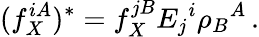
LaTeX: (f_{X}^{iA})^{*}=f_{X}^{jB}E_{j}{}^{i}\rho_{B}{}^{A}\, .